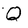
Character: Q